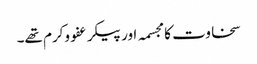
سخاوت کا مجسمہ اور پیکر عفو وکرم تھے۔